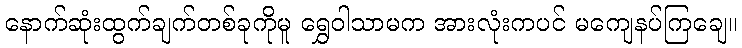
နောက်ဆုံးထွက်ချက်တစ်ခုကိုမူ ရွှေဝါသာမက အားလုံးကပင် မကျေနပ်ကြချေ။